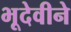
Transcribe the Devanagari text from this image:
भूदेवीने